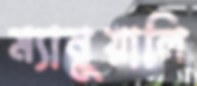
ম্যানুয়ালি